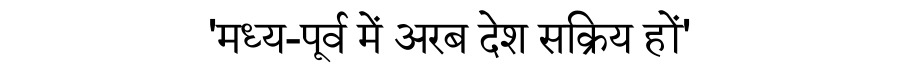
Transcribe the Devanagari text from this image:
'मध्य-पूर्व में अरब देश सक्रिय हों'